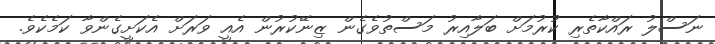
ނަސްލު ރައްކާތެރި ކުރުމަށް ބަލާއިރު މަސްތުވެގެން ޒިނޭކުރުން އެއީ ވަރަށް އެކަށީގެންވާ ކަމެކެވެ.